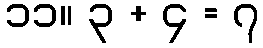
၁၁။ ၃ + ၄ = ၇